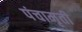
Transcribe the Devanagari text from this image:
पंचामृती